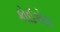
કોઈએક